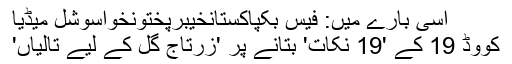
اسی بارے میں: فیس بکپاکستانخیبرپختونخواسوشل میڈیا
کووڈ 19 کے '19 نکات' بتانے پر 'زرتاج گل کے لیے تالیاں'